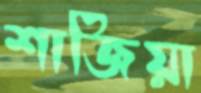
শাজিয়া